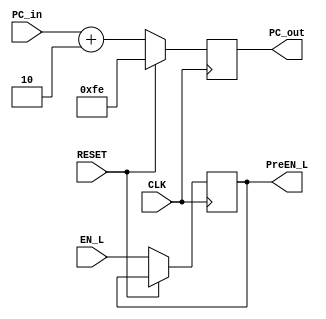
module PC(CLK, PC_in, RESET, PC_out, EN_L, PreEN_L);

input 			CLK;
input    [7:0] PC_in;
input 		   RESET;
input 			EN_L;

output 	[7:0] PC_out;
output 			PreEN_L;

reg 		[7:0] PC_out;
reg				PreEN_L;

always @ (posedge CLK) begin
	if (RESET) begin //RESET == 1
		PC_out = 8'b11111110;
	end
	else begin //RESET == 0
		PC_out = PC_in + 8'd2;
		PreEN_L = EN_L;
	end
end
endmodule